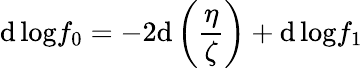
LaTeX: \mathrm{d}\, \mathrm{{log}}f_{0}=-2\mathrm{d}\left(\frac{{\eta}}{{\zeta}}\right)+\mathrm{d}\, \mathrm{{log}}f_{1}